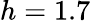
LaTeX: h=1.7